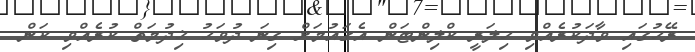
ރޭހުގައި ވާދަކުރެއްވި ހިލަރީ ކްލިންޓަން އެގައުމަށް ގިނަ ދުވަހު ޚިދުމަތް ކުރެއްވި ކަން